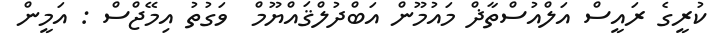
ކުރީގެ ރައީސް އަލްއުސްތާޛް މައުމޫން އަބްދުލްޤައްޔޫމް  ވަގުތު އިމޭޖްސް : އަމީން